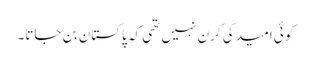
کوئی امید کی کرن نہیں تھی کہ پاکستان بن جاتا۔